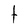
Character: t